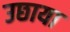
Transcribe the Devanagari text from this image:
उछाया